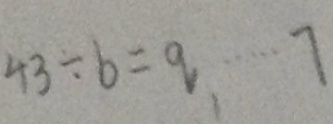
4 3 \div b = q \cdots 7